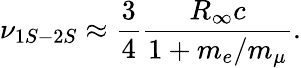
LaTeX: \nu_{1S-2S}\approx\frac{3}{4}\frac{R_{\infty}c}{1+m_{e}/m_{\mu}}.